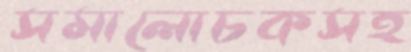
সমালোচকসহ